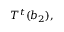
T ^ { t } ( b _ { 2 } ) ,